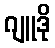
ဂျူဒို